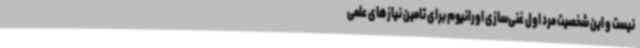
نیست و این شخصیت مرد اول غنی‌سازی اورانیوم برای تامین نیازهای علمی